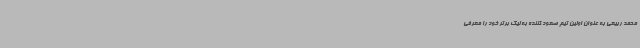
محمد ربیعی به عنوان اولین تیم صعود کننده به لیگ برتر خود را معرفی